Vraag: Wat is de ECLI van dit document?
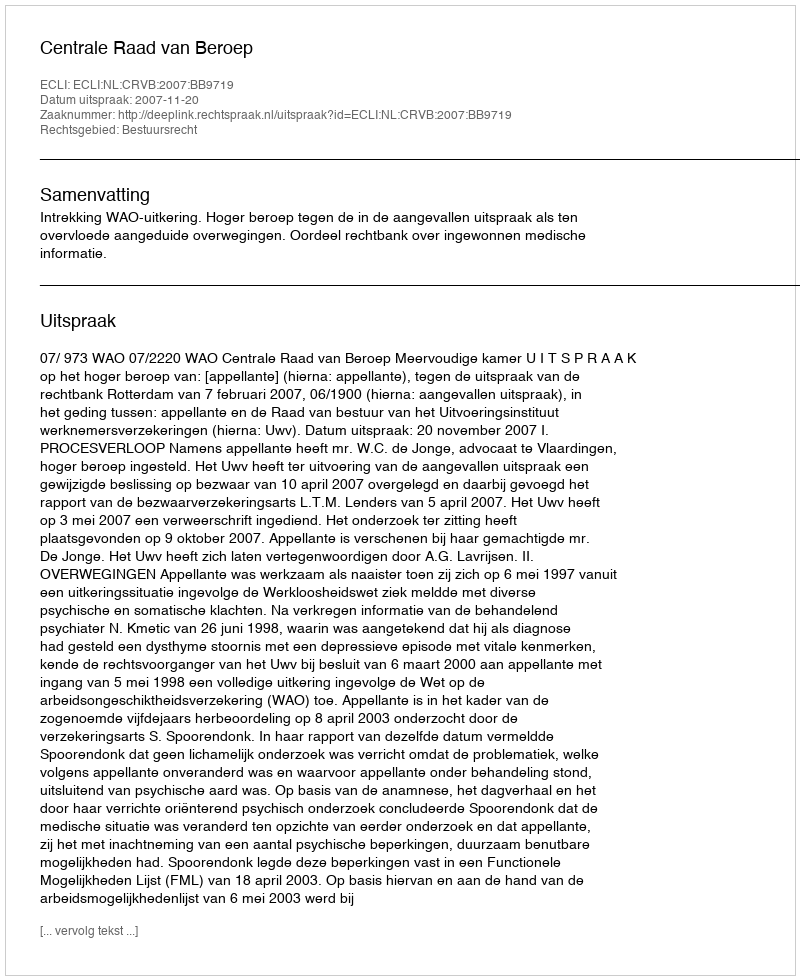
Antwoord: ECLI:NL:CRVB:2007:BB9719